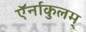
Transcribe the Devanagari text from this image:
ऍर्नाकुलम्